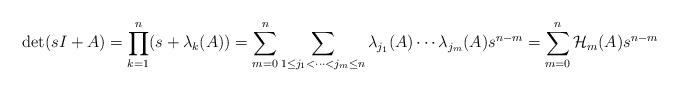
LaTeX: \begin{align*} \begin{aligned}\det(sI+ A)& =\prod\limits_{k=1}^n(s+\lambda_k(A)) =\sum\limits_{m=0}^n\sum\limits_{1\leq j_1<\dots<j_m\leq n}\lambda_{j_1}(A)\cdots\lambda_{j_m}(A)s^{n-m}=\sum\limits_{m=0}^n \mathcal{H}_m(A)s^{n-m} \end{aligned} \end{align*}